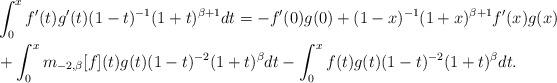
LaTeX: \begin{align*}& \int_{0}^{x}f^{\prime}(t)g^{\prime}(t)(1-t)^{-1}(1+t)^{\beta+1}dt=-f^{\prime}(0)g(0)+(1-x)^{-1}(1+x)^{\beta+1}f^{\prime}(x)g(x)\\& +\int_{0}^{x}m_{-2,\beta}[f](t)g(t)(1-t)^{-2}(1+t)^{\beta}dt-\int_{0}^{x}f(t)g(t)(1-t)^{-2}(1+t)^{\beta}dt.\end{align*}